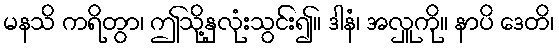
မနသိ ကရိတွာ၊ ဤသို့နှလုံးသွင်း၍။ ဒါနံ၊ အလှူကို။ နာပိ ဒေတိ၊